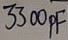
Text: 3300pF